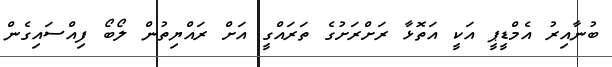
ބުނާއިރު އެމްޑީޕީ އަކީ އަތޮޅާ ރަށްރަށުގެ ތަރައްގީ އަށް ރައްޔިތުން ލޯބޯ ފިއްސައިގެން